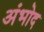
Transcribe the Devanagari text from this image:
अंभोद